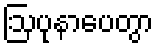
ဩပုနာပေတွာ